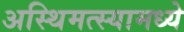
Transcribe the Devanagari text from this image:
अस्थिमत्स्यामध्ये